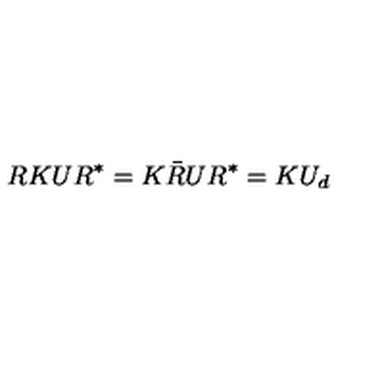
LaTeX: R K U R ^ { * } = K \bar { R } U R ^ { * } = K U _ { d }